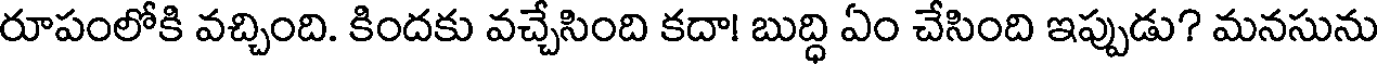
రూపంలోకి వచ్చింది. కిందకు వచ్చేసింది కదా! బుద్ధి ఏం చేసింది ఇప్పుడు? మనసును